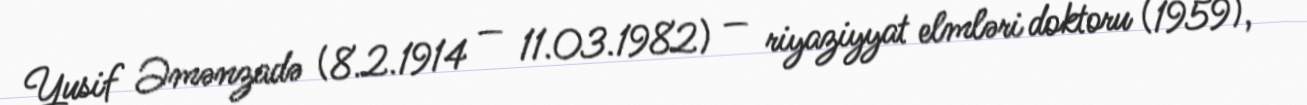
Yusif Əmənzadə (8.2.1914 — 11.03.1982) — riyaziyyat elmləri doktoru (1959),